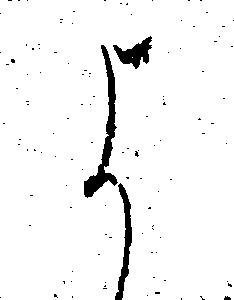
よ